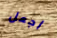
اجعل